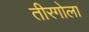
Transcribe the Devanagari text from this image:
तीरगोला